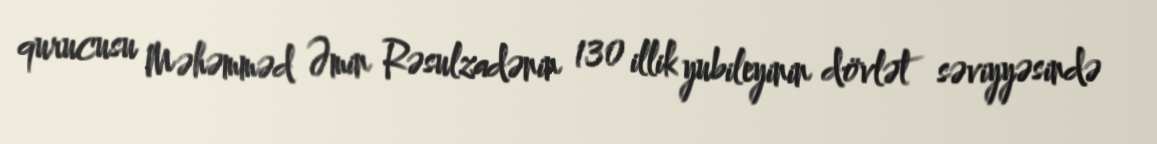
qurucusu Məhəmməd Əmin Rəsulzadənin 130 illik yubileyinin dövlət səviyyəsində